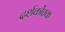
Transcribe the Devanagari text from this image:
दर्शकोंतक